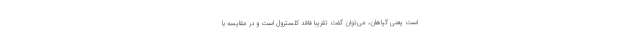
است یعنی گیاهان، می‌توان گفت تقریبا فاقد کلسترول است و در مقایسه با